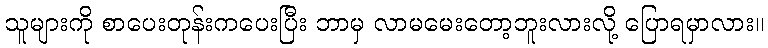
သူများကို စာပေးတုန်းကပေးပြီး ဘာမှ လာမမေးတော့ဘူးလားလို့ ပြောရမှာလား။